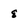
Character: 8